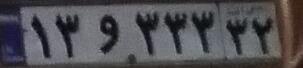
۱۳و۳۳۳۳۲